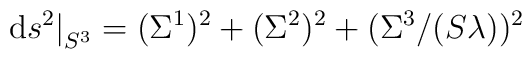
{\rm d}s^2\big\vert_{S^3} = (\Sigma^1)^2+(\Sigma^2)^2+(\Sigma^3/(S\lambda))^2